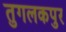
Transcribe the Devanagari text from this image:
तुगलकपुर